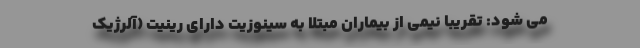
می شود: تقریبا نیمی از بیماران مبتلا به سینوزیت دارای رینیت (آلرژیک